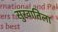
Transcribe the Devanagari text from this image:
सुरवातिला